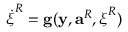
\boldsymbol { \dot { \xi } } ^ { R } = \mathbf { g } ( \mathbf { y } , \mathbf { a } ^ { R } , \boldsymbol { { \xi } } ^ { R } )